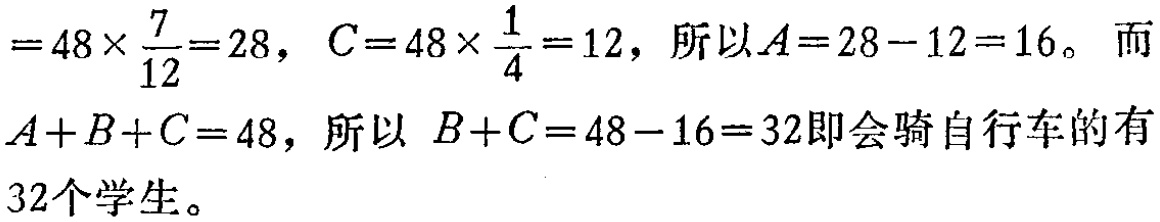
$=48\times\frac{7}{12}=28，C = 48\times\frac{1}{4}=12，所以A = 28 - 12 = 16。而\\A + B + C = 48，所以 B + C = 48 - 16 = 32即会骑自行车的有\\32个学生。$